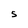
Character: S